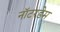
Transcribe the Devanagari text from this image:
नॉटरडेम